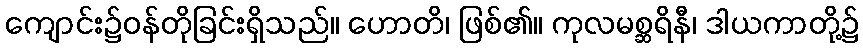
ကျောင်း၌ဝန်တိုခြင်းရှိသည်။ ဟောတိ၊ ဖြစ်၏။ ကုလမစ္ဆရိနီ၊ ဒါယကာတို့၌